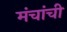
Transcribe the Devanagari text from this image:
मंचांची